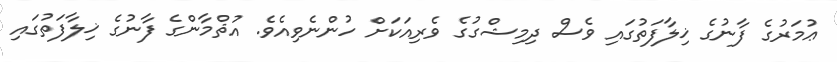
ޢުމަރުގެ ފާނުގެ ޚިލާފަތުގައި ވެސް ދިމިޝްގުގެ ވެރިއަކަށް ހުންނެވިއެވެ. އުޘްމާންގެ ފާނުގެ ޚިލާފަތުގައި